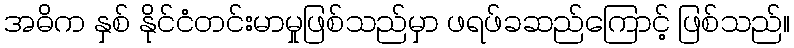
အဓိက နှစ် နိုင်ငံတင်းမာမှုဖြစ်သည်မှာ ဖရဖ်ခဆည်ကြောင့် ဖြစ်သည်။